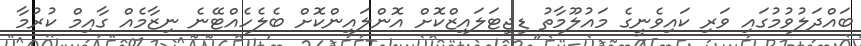
ބައްދަލުވުމުގައި ވަރި ކައިވެނީގެ މައުލޫމާތު ޑިޖިޓަލައިޒްކޮށް އޮންލައިންކޮށް ބެލެހެއްޓޭނެ ނިޒާމެއް ގާއިމް ކުރުމާ